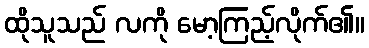
ထိုသူသည် လကို မော့ကြည့်လိုက်၏။